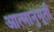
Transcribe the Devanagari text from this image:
आत्मानुभूती